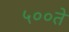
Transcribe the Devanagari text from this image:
५००ते